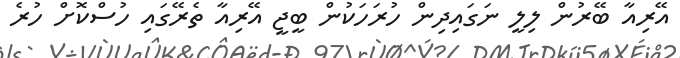
އޭރިއާ ބޭރުން ލިލީ ނަގައިދިން ހުރަހަކުން ބީޖީ އޭރިއާ ތެރޭގައި ހުސްކޮށް ހުރެ